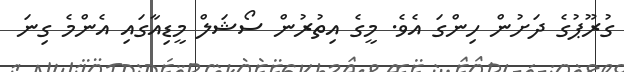
ގުރޫޕުގެ ދަށުން ހިންގަ އެވެ. މީގެ އިތުރުން ސޯޝަލް މީޑިއާގައި އެންމެ ގިނަ